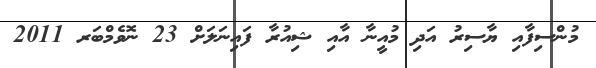
މުންސިފާއި ޔާސިރު އަދި މުއީނާ އާއި ޝިއުރާ ފައިނަލަށް 23 ނޮވެމްބަރ 2011